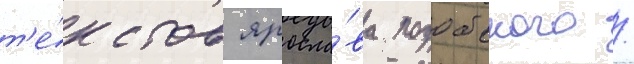
т'е́кстов яросла́ва подобского /